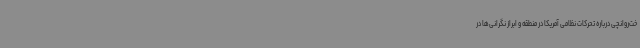
خت‌روانچی درباره تحرکات نظامی آمریکا در منطقه و ابراز نگرانی‌ها در